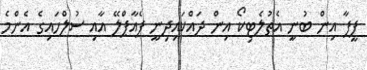
ފީފާ އިން ބުނީ އެތުލެޓިކޯ އިން ދައްކައިދިނީ ފެއާޕްލޭ އާއި ސުލްހައިގެ އެންމެ